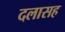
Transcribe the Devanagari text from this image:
दलासह